画像に写った文字を読んでください
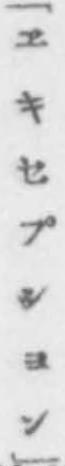
「[ヱキセプシヨン]」と書いてあります